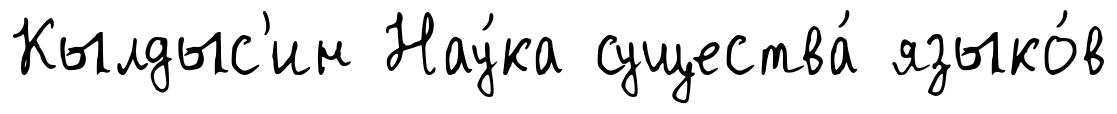
Кылдыс'ин Нау́ка существа́ языко́в